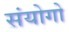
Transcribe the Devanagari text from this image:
संयोगो